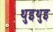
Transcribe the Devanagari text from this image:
थुइथुइ